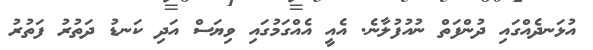
އުޅަނދެއްގައި ދުންފަތް ނުއުފުލާނެ. އެއީ އެއްގަމުގައި ވިޔަސް އަދި ކަނޑު ދަތުރު ފަތުރު